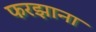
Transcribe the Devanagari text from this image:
फरझाना